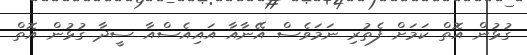
ގުޅުން އޮތް ކަމަށް ފެތުރި ނަމަވެސް އޭނާއާ އައިއެސްއާ ސީދާ ގުޅުން އޮތް